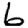
Digit: 6